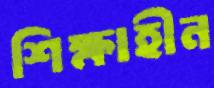
শিক্ষাহীন